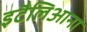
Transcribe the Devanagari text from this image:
इटैलिआना